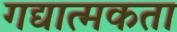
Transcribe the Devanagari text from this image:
गद्यात्मकता